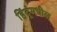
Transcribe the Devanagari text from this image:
हिंदूंमधील